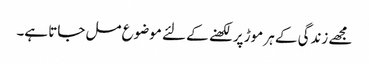
مجھے زندگی کے ہر موڑ پر لکھنے کے لئے موضوع مل جاتا ہے۔